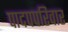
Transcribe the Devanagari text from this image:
पादपपरिवार